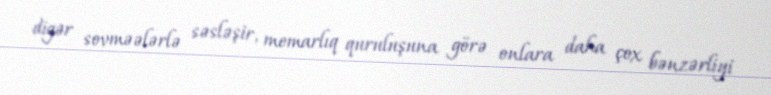
digər sovməələrlə səsləşir, memarlıq quruluşuna görə onlara daha çox bənzərliyi